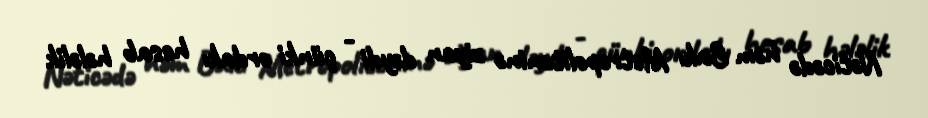
Nəticədə həm Bakı Metropoliteninə ziyan dəydi - çünki ordakı hesab hələlik